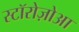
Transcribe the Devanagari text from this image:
स्टॉरोज़ोआ